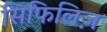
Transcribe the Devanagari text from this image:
सिफिलिज़